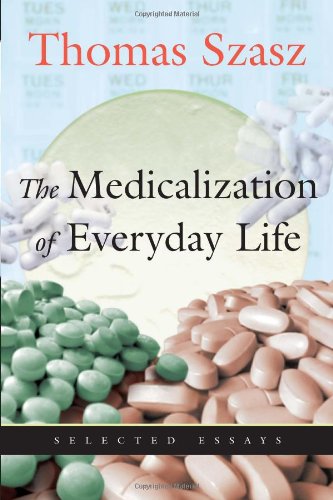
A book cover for Medicalization of Everyday Life: Selected Essays; Thomas Szasz; Health, Fitness & Dieting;